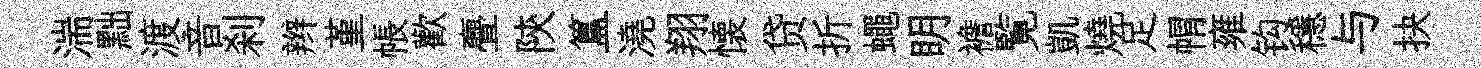
湍黜渡音刹辫堇帳歡亹陝簋澆翔懐贷折蠅眀襜覧凱燒足㡌雍钩穩与抉